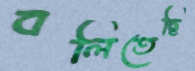
বলিতেছি